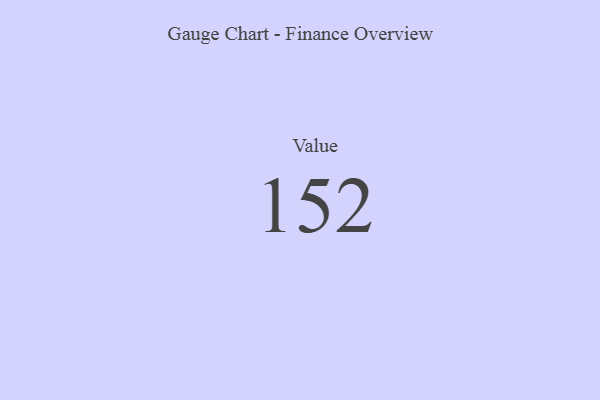
{"axis": {"x": "Metric", "y": "Value"}, "legend": [""], "data": [{"x": "Value", "y": 152, "type": ""}]}